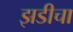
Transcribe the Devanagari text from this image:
झडीचा